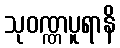
သုဝဏ္ဏပူရာနိ